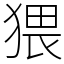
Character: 猥